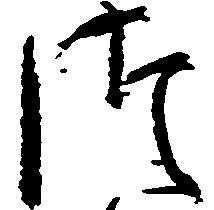
つ